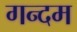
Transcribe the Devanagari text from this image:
गन्दम